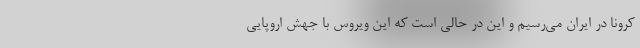
کرونا در ایران می‌رسیم و این در حالی است که این ویروس با جهش اروپایی